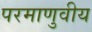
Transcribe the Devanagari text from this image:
परमाणुवीय